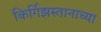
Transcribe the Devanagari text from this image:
किर्गिझस्तानाच्या